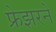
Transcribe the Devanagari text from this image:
फ्रेझरने